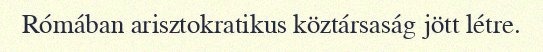
Rómában arisztokratikus köztársaság jött létre.